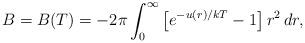
LaTeX: \begin{align*}B=B(T) = - 2 \pi \int_{0}^{\infty} \left[ e^{-u(r)/kT} - 1 \right] r^{2} \, dr,\end{align*}